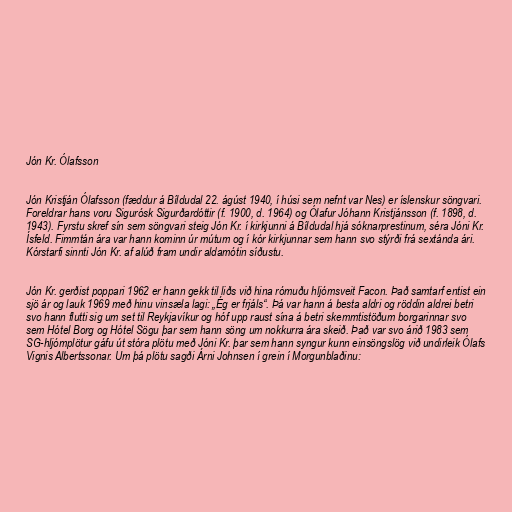
Jón Kr. Ólafsson

Jón Kristján Ólafsson (fæddur á Bíldudal 22. ágúst 1940, í húsi sem nefnt var Nes) er íslenskur söngvari.
Foreldrar hans voru Sigurósk Sigurðardóttir (f. 1900, d. 1964) og Ólafur Jóhann Kristjánsson (f. 1898, d.
1943). Fyrstu skref sín sem söngvari steig Jón Kr. í kirkjunni á Bíldudal hjá sóknarprestinum, séra Jóni Kr.
Ísfeld. Fimmtán ára var hann kominn úr mútum og í kór kirkjunnar sem hann svo stýrði frá sextánda ári.
Kórstarfi sinnti Jón Kr. af alúð fram undir aldamótin síðustu.

Jón Kr. gerðist poppari 1962 er hann gekk til liðs við hina rómuðu hljómsveit Facon. Það samtarf entist ein
sjö ár og lauk 1969 með hinu vinsæla lagi: „Ég er frjáls“. Þá var hann á besta aldri og röddin aldrei betri
svo hann flutti sig um set til Reykjavíkur og hóf upp raust sína á betri skemmtistöðum borgarinnar svo
sem Hótel Borg og Hótel Sögu þar sem hann söng um nokkurra ára skeið. Það var svo árið 1983 sem
SG-hljómplötur gáfu út stóra plötu með Jóni Kr. þar sem hann syngur kunn einsöngslög við undirleik Ólafs
Vignis Albertssonar. Um þá plötu sagði Árni Johnsen í grein í Morgunblaðinu: